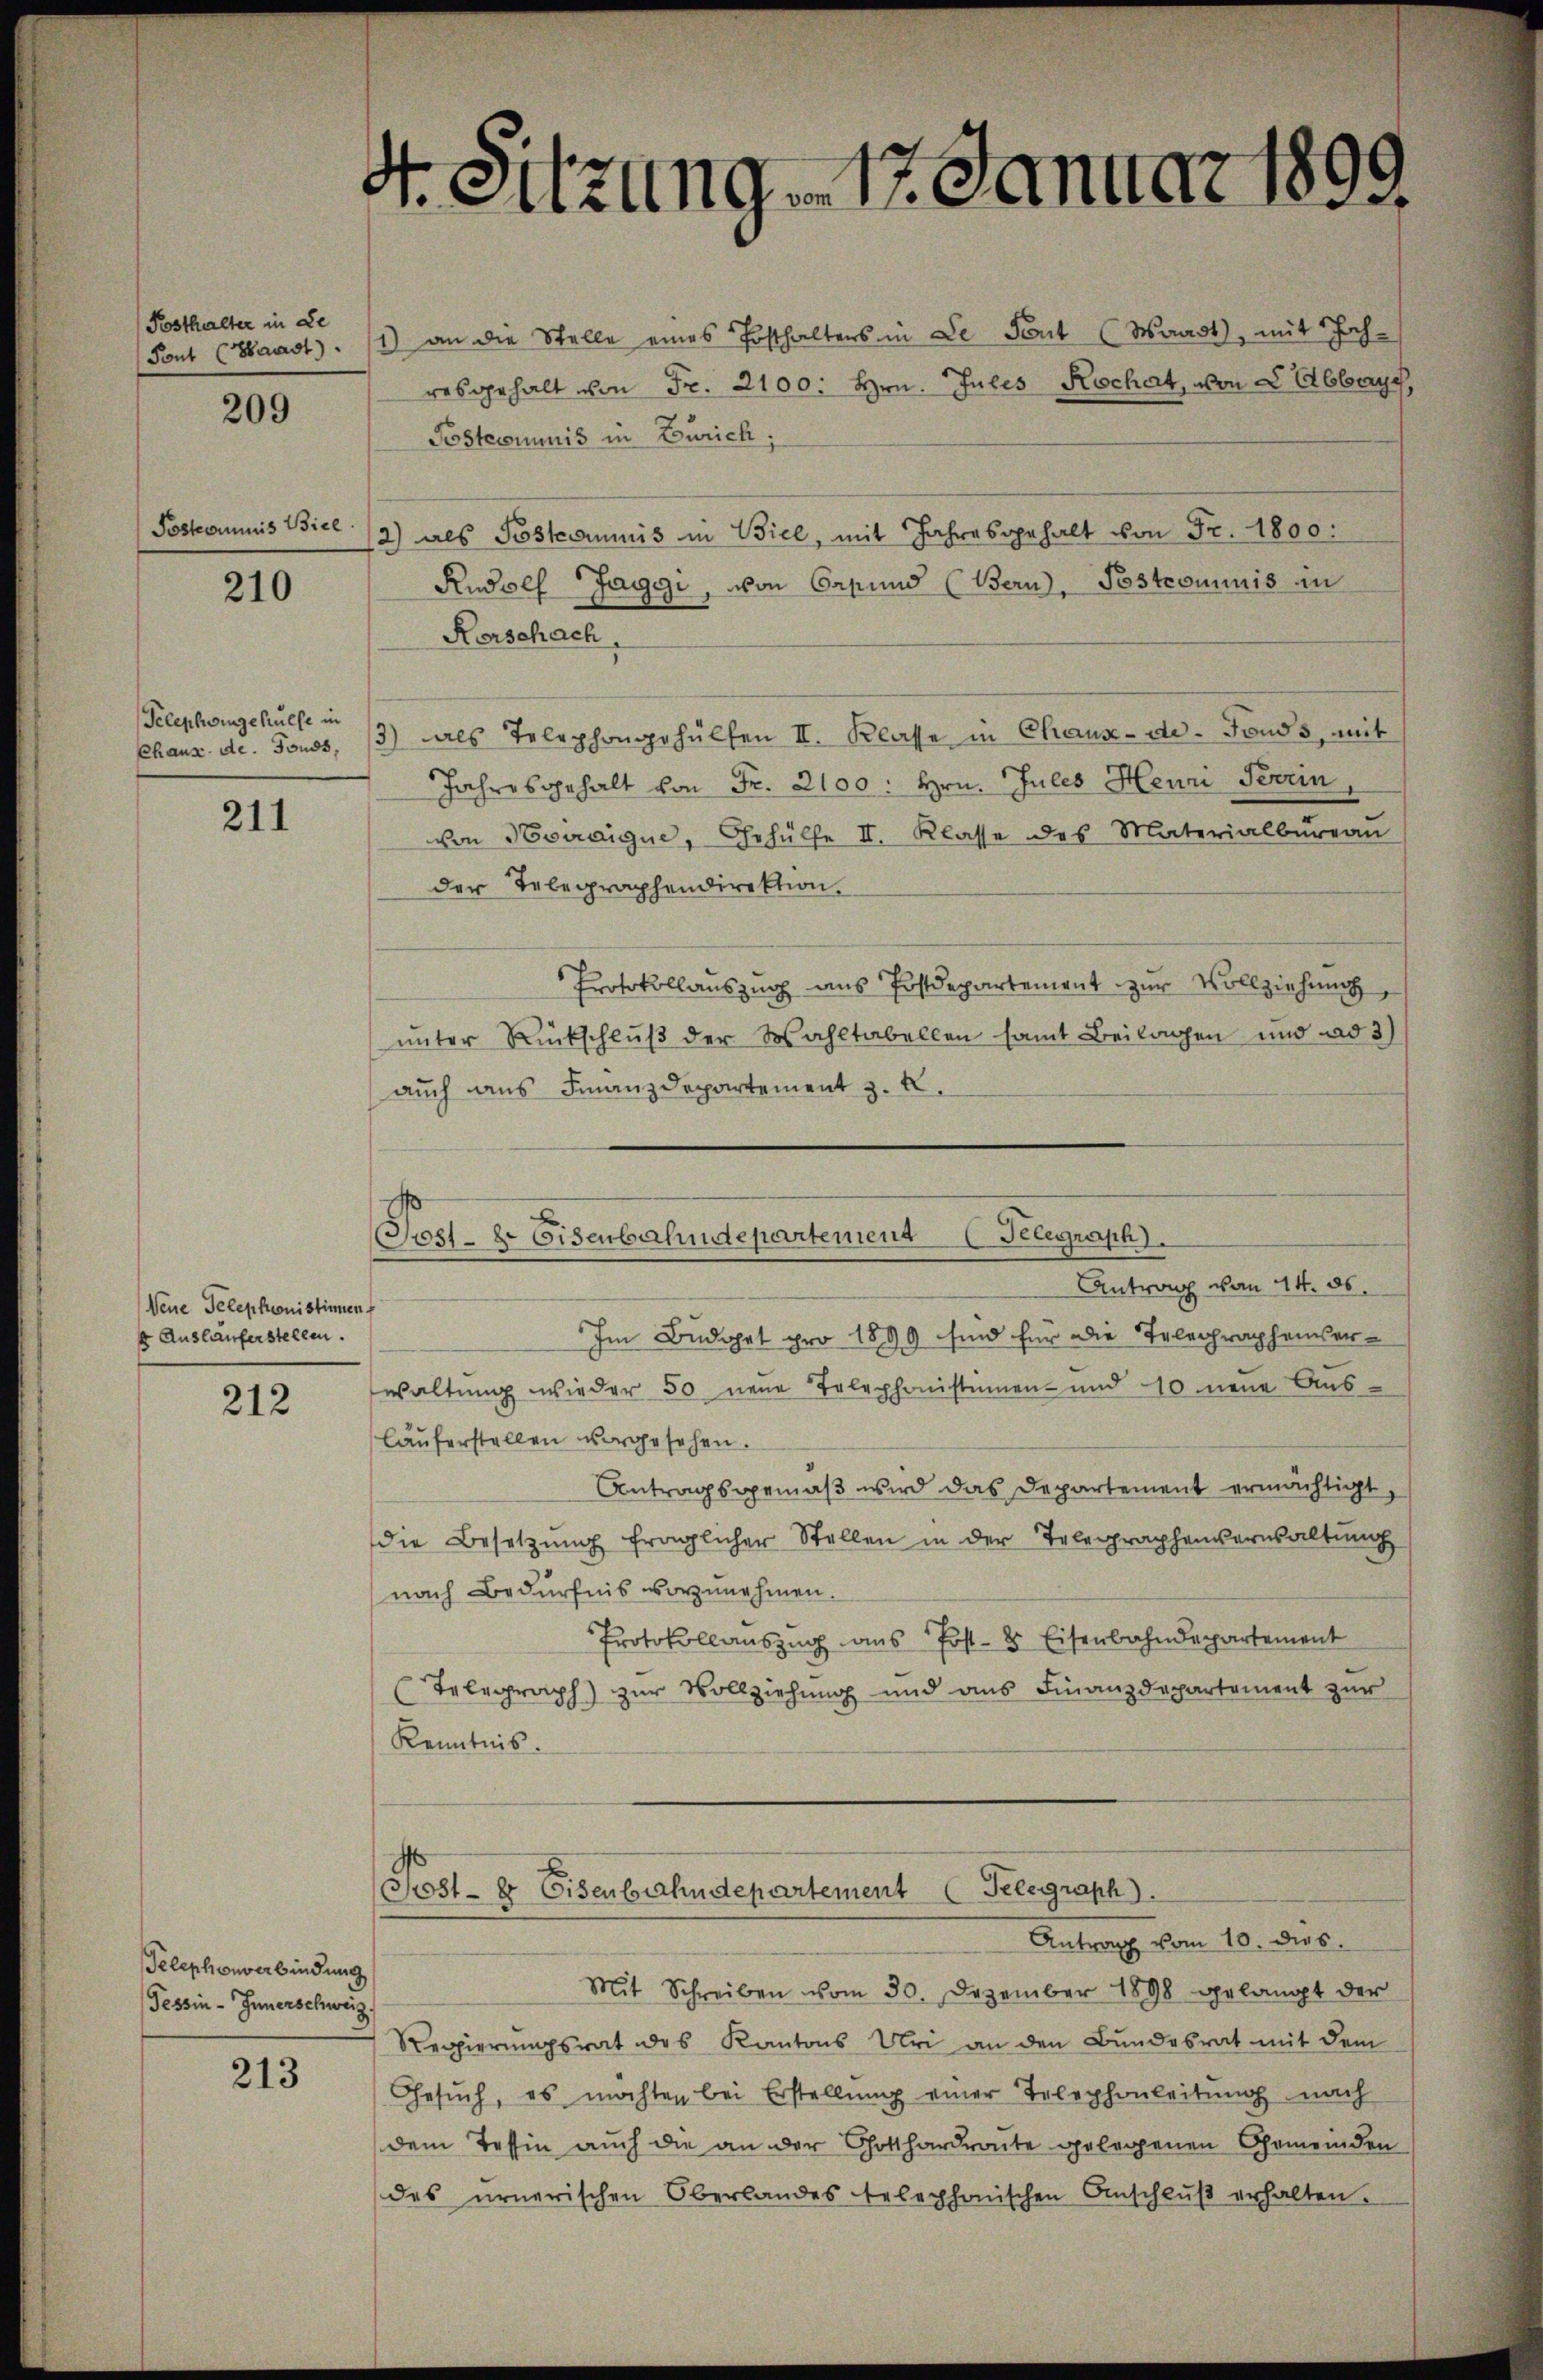
Posthalter in Le
Tout (Haust

209

Poskommnis Biel

210

Telephongehülfe in

211

Neue Telephonistinen f
 Ausläuferstellen.

212

Telephonverbindung
Tessin - Innerschweiz

213

4. Sitzung 17. Januar 1899

Jost- 8. Eisenbahndepartement Telegraph

1) an die Stelle eines Posthalters in Le Fort (Waadt, mit Hoch-
resgehalt von Fr. 2100. Hrn. Jules Rechat, von Lebbary,
Posterminis in Zürich;
2) als Postcommis in Biel, mit Jahresgehalt von Fr. 1800:
Rudolf Jaggi, von Capund (Bern, Postcommis in
Kerschach,
Chaus. de. Touss, (3) als Telephongehülfen II. Klasse in Chaux-de-Fonds, mit
Jahresgehalt von Fr. 2100: Hrn. Jules Heuri Terrin,
von Newaigue, Gehülfe II. Klasse des Materialbüreaŭ
der Telegraphendirektion.
Protokollauszug aus Postdepartement zur Vollziehung,
ŭnter Rückschlŭβ der Wahltabellen samt Beilagen und ad 3)
auch aus Finanzdepartement z. B.
Antrag vom 14. ds.
Im Budget pro 1899 sind für die Telegrapheiser-
waltung wieder 50 neue Telephonistinen und 10 neue Aus-
lauferstellen vorgesehen.
Antragsgemäβ wird das Departement ermächtigt,
die Besetzung fraglicher Stellen in der Telegraphenvernaltung
nach Bedürfnis vorzunehmen.
Protokollauszug aus Post- & Eisenbahndepartement
Telegraph) zur Vollziehung und aus Finanzdepartement zur
Kenntnis.
Post- & Eisenbahndepartement (Telegraph
Antrag vom 10. dies
Mit Schreiben vom 30. Dezember 1898 gelangt der
Regierungsrat des Kantons Uri an den Bundesrat mit dem
Gesŭch, es möchten bei Erstellŭng einer Telephonleitung nach
dem Tessin auch die an der Gotthardraute gelegenen Gemeinden
des urnerischen Oberlandes telephonischen Anschlŭβ erhalten.